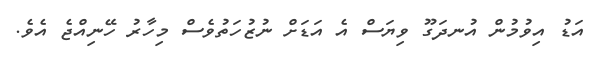
އަޑު އިވުމުން އުނދަގޫ ވިޔަސް އެ އަޑަށް ނުޒުހަތުވެސް މިހާރު ހޭނިއްޖެ އެވެ.